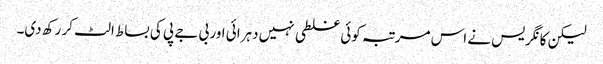
لیکن کانگریس نے اس مرتبہ کوئی غلطی نہیں دہرائی اور بی جے پی کی بساط الٹ کر رکھ دی۔